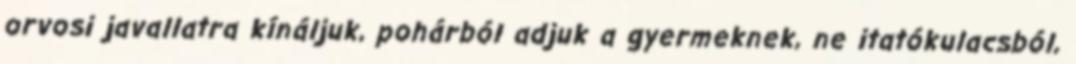
orvosi javallatra kínáljuk, pohárból adjuk a gyermeknek, ne itatókulacsból,